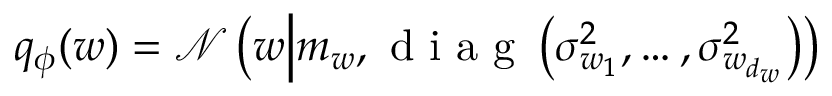
\begin{array} { r } { q _ { \phi } ( w ) = \mathcal { N } \left( w \middle | m _ { w } , \mathrm { ~ d ~ i ~ a ~ g ~ } \left( \sigma _ { w _ { 1 } } ^ { 2 } , \dots , \sigma _ { w _ { d _ { w } } } ^ { 2 } \right) \right) } \end{array}